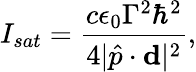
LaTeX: I_{sat}={\frac{c\epsilon_{0}\Gamma^{2}\hbar^{2}}{4|\hat{p}\cdot\mathbf{d}|^{2}}},